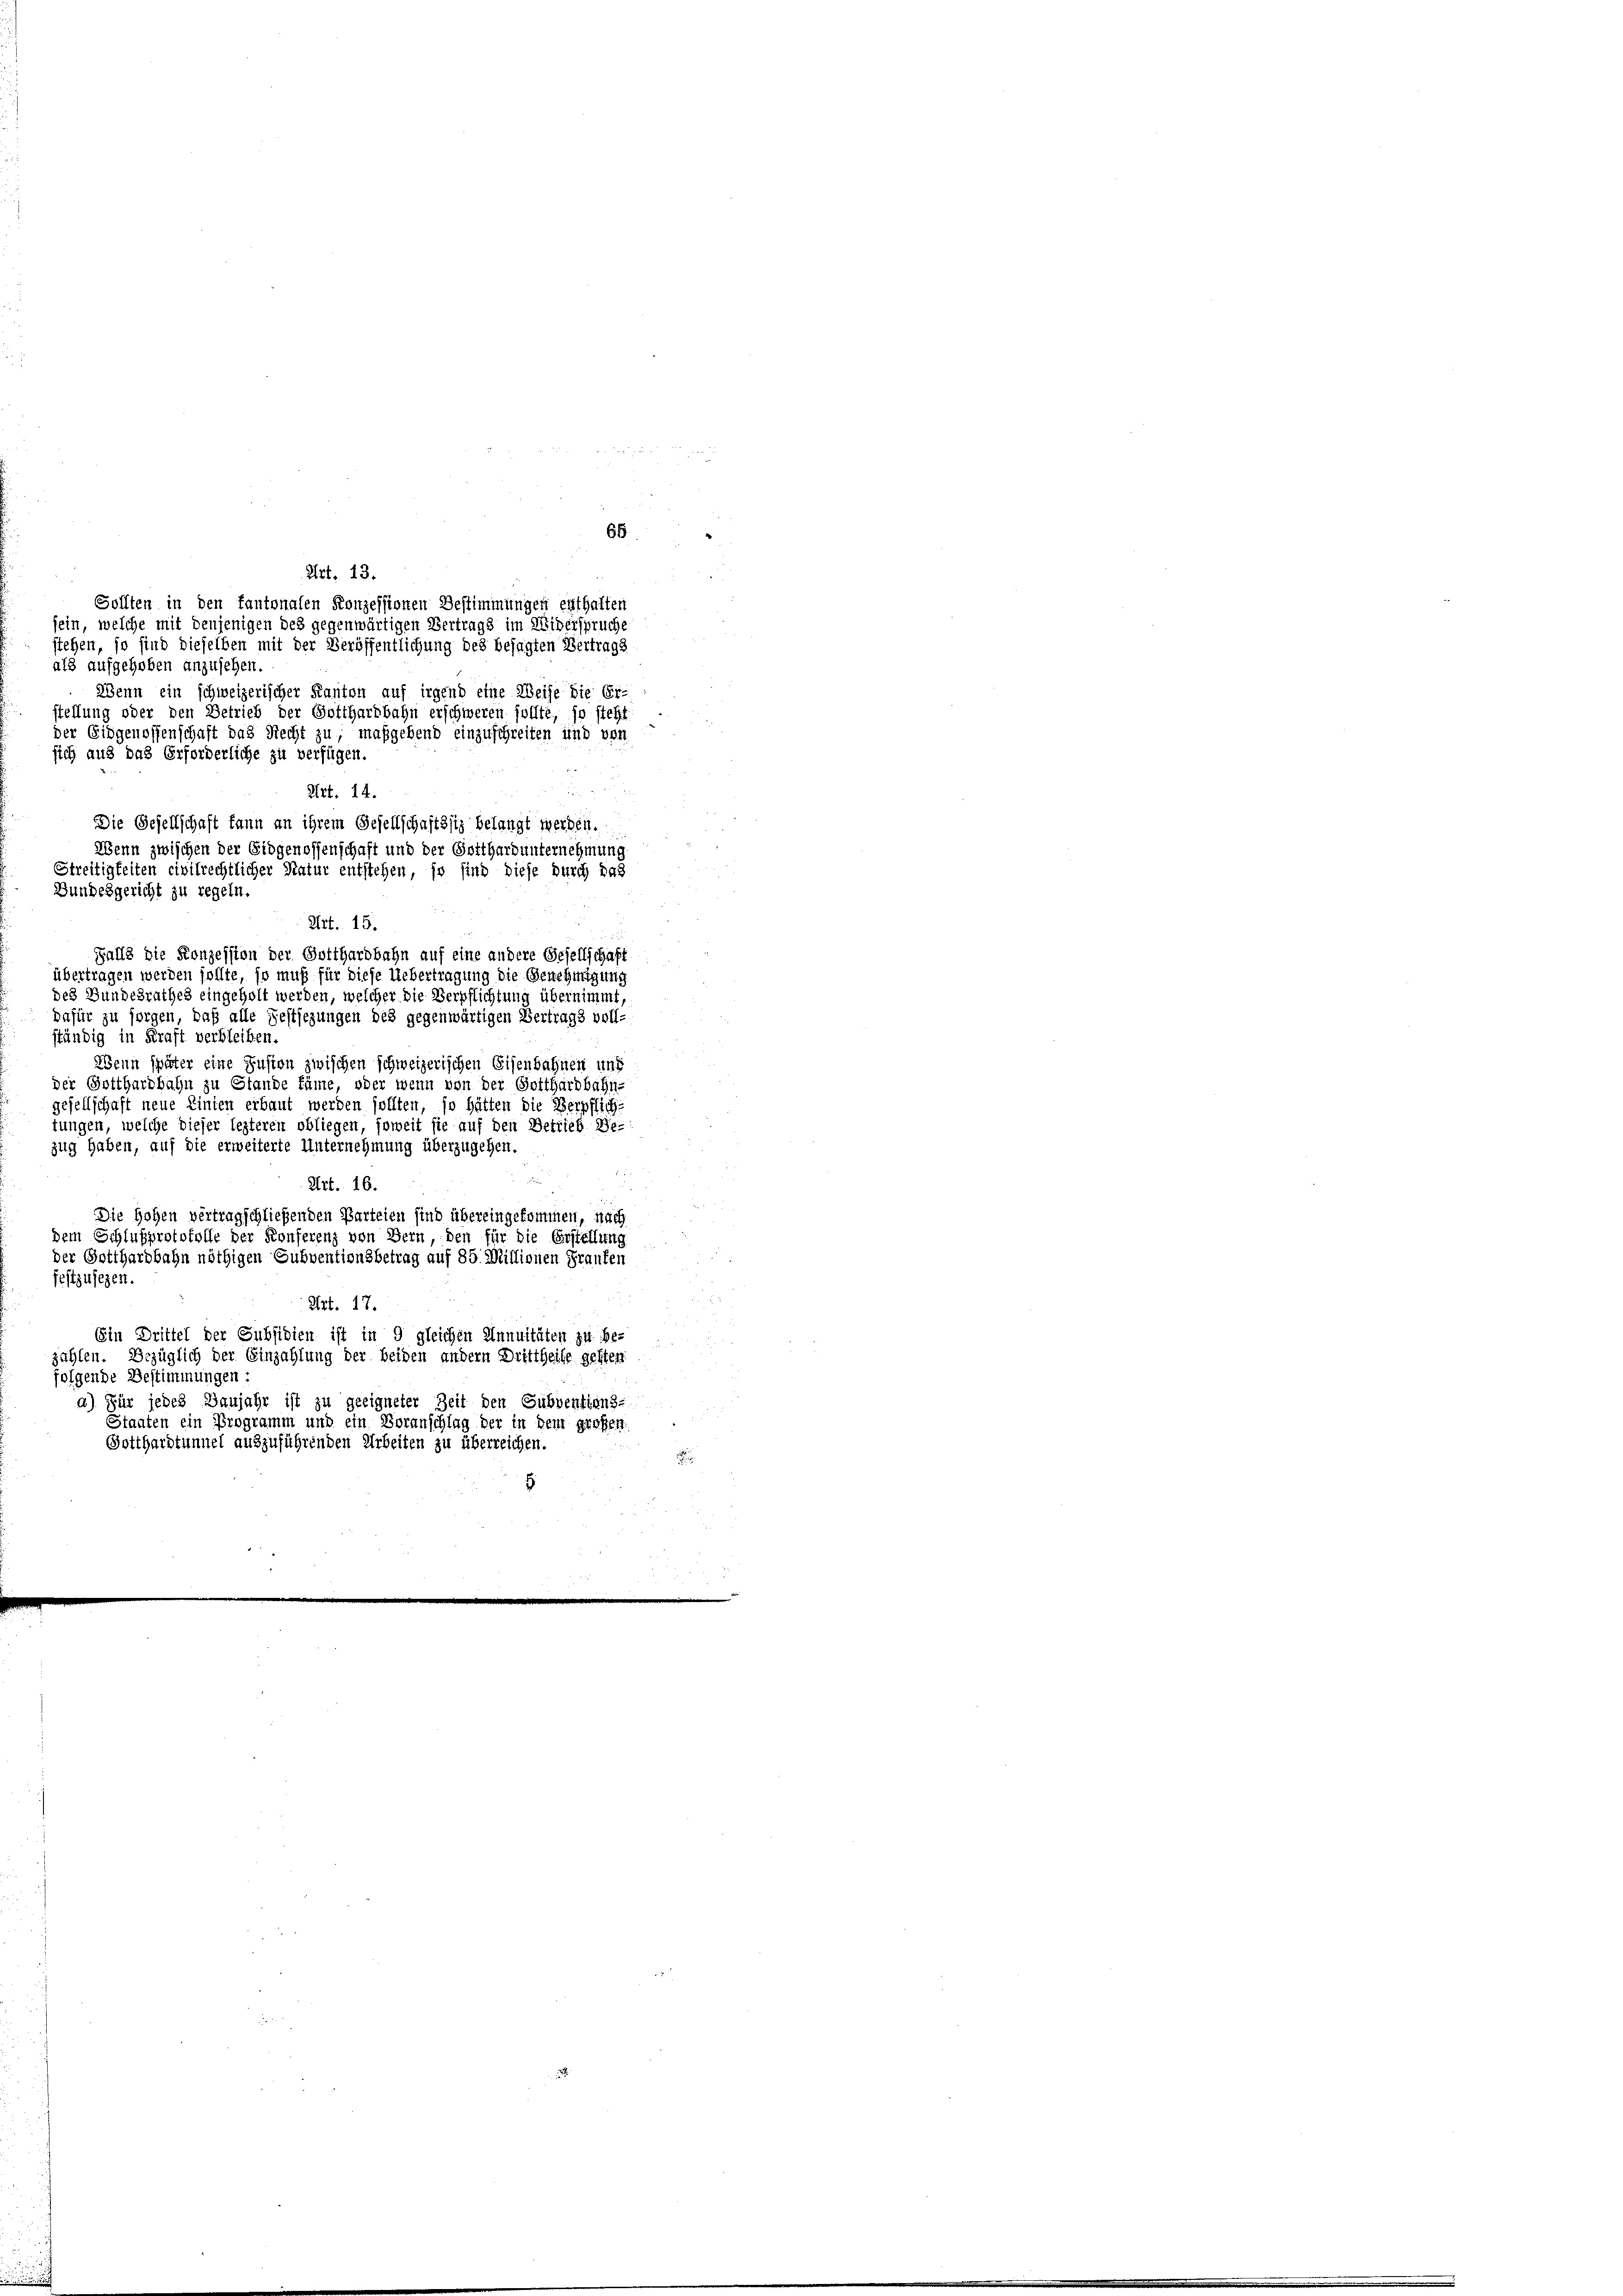
Art. 14.
Die Gesellschaft kann an ihrem Gesellschaftssig belangt werden.
Wenn zwischen der Eidgenossenschaft und der Gotthard unternehmung
Streitigkeiten civilrechtlicher Natur entstehen, so sind diese durch das
Bundesgericht zu regeln.
Art. 15.

als aufgehoben anzusehen.
Wenn ein schweizerischer Kanton auf irgend eine Weise die Er-
stellung oder den Betrieb der Gotthardbahn erschweren sollte, so steht
der Eidgenossenschaft das Recht zu; maßgebend einzuschreiten und von
sich aus das Erforderliche zu verfügen
.
Falls die Konzession der Gotthardbahn auf eine andere Gesellschaft
übertragen werden sollte, so muß für diese Uebertragung die Genehmigung
des Bundesrathes eingeholt werden, welcher die Verpflichtung übernimmt,
dafür zu sorgen, daß alle Festsezungen des gegenwärtigen Vertrags voll-
ständig in Kraft verbleiben.
Wenn später eine Zusion zwischen schweizerischen Eisenbahnen und
der Gotthardbahn zu Stande käme, oder wenn von der Gotthardbahn-
gesellschaft neue Einten erbaut werden sollten, so hätten die Verpflich
tungen, welche dieser lezteren obliegen, soweit sie auf den Betrieb Be-
zug haben, auf die erweiterte Unternehmung überzugehen.
Art. 16.
Die Hohen vertragschließenden Parteien sind übereingekommen, nach
dem Schlußprotokolle der Konferenz von Bern, den für die Erstellung
der Gotthardbahn nöthigen Subventionsbetrag auf 85. Millionen Fraufen
festzusegen.
Art. 17.
Ein Drittel der Subsidien ist in 9 gleichen Annuitäten zu be-
zahlen. Bezüglich der Einzahlung der beiden andern Drittheile gelten
folgende Bestimmungen:
a) Für jedes Banjahr ist zu geeigneter Zeit den Subventians-
Staaten ein Programm und ein Voranschlag der in dem großen
Gotthardtunnel auszuführenden Arbeiten zu überreichen.
5

65
Art. 13.

Sollten in den kantonalen Konzessionen Bestimmungen erthalten
sein, welche mit denjenigen des gegenwärtigen Vertrags im Widerspruche
stehen, so sind dieselben mit der Veröffentlichung des besagten Vertrags